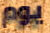
يوم